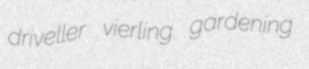
driveller vierling gardening